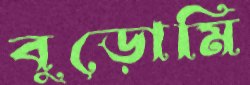
বুড়োমি